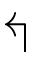
\Lsh